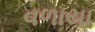
વળાયા